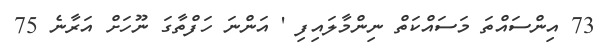
73 އިންސައްތަ މަސައްކަތް ނިންމާލައިފި ' އަންނަ ހަފްތާގަ ނޫހަށް އަރާނެ 75